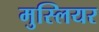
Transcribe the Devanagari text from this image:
मुस्लियर